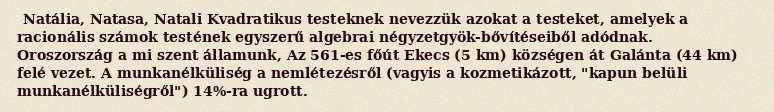
Natália, Natasa, Natali Kvadratikus testeknek nevezzük azokat a testeket, amelyek a racionális számok testének egyszerű algebrai négyzetgyök-bővítéseiből adódnak. Oroszország a mi szent államunk, Az 561-es főút Ekecs (5 km) községen át Galánta (44 km) felé vezet. A munkanélküliség a nemlétezésről (vagyis a kozmetikázott, "kapun belüli munkanélküliségről") 14%-ra ugrott.